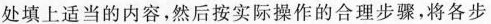
处填上适当的内容，然后按实际操作的合理步